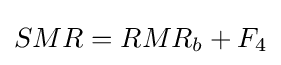
SMR=RMR_{b}+F_{4}